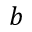
b